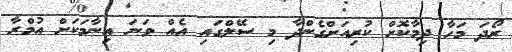
ރޯދަ މަހާ ދިމާކޮށް ކުރިއަށްގެންދާ މި ސޭލްގައި އެއް ވަނަ އިނާމަކަށް އުމްރާ